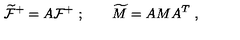
\widetilde { \cal F } ^ { + } = A { \cal F } ^ { + } \ ; \qquad \widetilde M = A M A ^ { T } \ ,